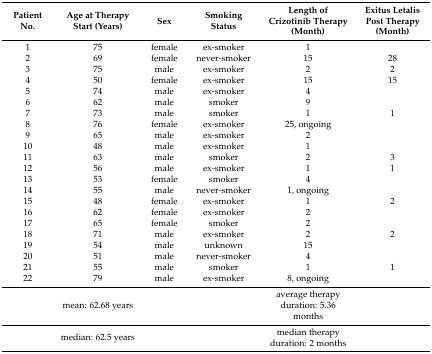
| Patient No. | Age at Therapy Start (Years) | Sex | Smoking Status | Length of Crizotinib Therapy (Month) | Exitus Letalis Post Therapy (Month) |
 | --- | --- | --- | --- | --- | --- |
 | 1 | 75 | female | ex-smoker | 1 |  |
 | 2 | 69 | female | never-smoker | 15 | 28 |
 | 3 | 75 | male | ex-smoker | 2 | 2 |
 | 4 | 50 | female | ex-smoker | 15 | 15 |
 | 5 | 74 | male | ex-smoker | 4 |  |
 | 6 | 62 | male | smoker | 9 |  |
 | 7 | 73 | male | smoker | 1 | 1 |
 | 8 | 76 | female | ex-smoker | 25, ongoing |  |
 | 9 | 65 | male | ex-smoker | 2 |  |
 | 10 | 48 | male | ex-smoker | 1 |  |
 | 11 | 63 | male | smoker | 2 | 3 |
 | 12 | 56 | male | ex-smoker | 1 | 1 |
 | 13 | 53 | female | smoker | 4 |  |
 | 14 | 55 | male | never-smoker | 1, ongoing |  |
 | 15 | 48 | female | ex-smoker | 1 | 2 |
 | 16 | 62 | female | ex-smoker | 2 |  |
 | 17 | 65 | female | smoker | 2 |  |
 | 18 | 71 | male | ex-smoker | 2 | 2 |
 | 19 | 54 | male | unknown | 15 |  |
 | 20 | 51 | male | never-smoker | 4 |  |
 | 21 | 55 | male | smoker | 1 | 1 |
 | 22 | 79 | male | ex-smoker | 8, ongoing |  |
 |  | mean: 62.68 years |  |  | average therapy duration: 5.36 months |  |
 |  | median: 62.5 years |  |  | median therapy duration: 2 months |  |